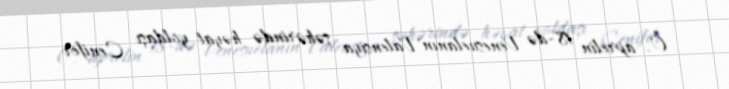
O, aprelin 18-də Venesuelanın Valensiya şəhərində həyat yoldaşı Cenifer